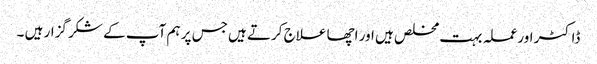
ڈاکٹر اورعملہ بہت مخلص ہیں اور اچھا علاج کرتے ہیں جس پر ہم آپ کے شکر گزار ہیں ۔